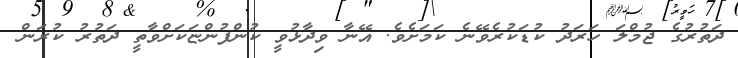
ދަތުރުގެ ޖުމްލަ ހަރަދު ކުޑަކުރެވޭނެ ކަމަށެވެ. އޭނާ ވިދާޅުވީ ކުންފުންޏަކަށްވާތީ ދަތުރު ކުރަން